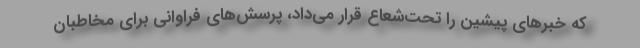
که خبرهای پیشین را تحت‌شعاع قرار می‌داد، پرسش‌های فراوانی برای مخاطبان